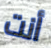
أنت